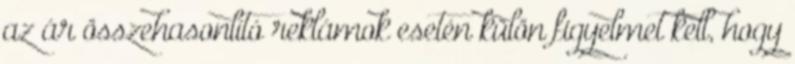
az ár összehasonlító reklámok esetén külön figyelmet kell, hogy